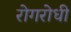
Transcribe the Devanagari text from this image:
रोगरोधी